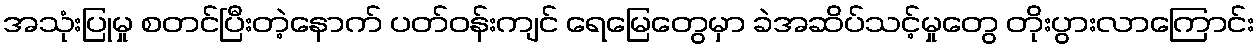
အသုံးပြုမှု စတင်ပြီးတဲ့နောက် ပတ်ဝန်းကျင် ရေမြေတွေမှာ ခဲအဆိပ်သင့်မှုတွေ တိုးပွားလာကြောင်း